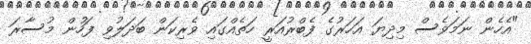
"އެހެން ނަމަވެސް މިދިޔަ އަހަރުގެ ފެބްރުއަރީ ހަތެއްގައި ވެރިކަން ބަދަލުވި ފަހުން މުސާރަ